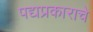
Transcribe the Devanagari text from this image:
पद्यप्रकाराचे